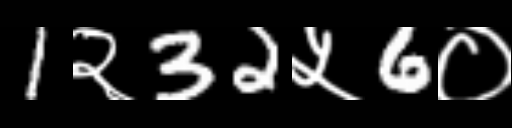
Text: 1२32५6०